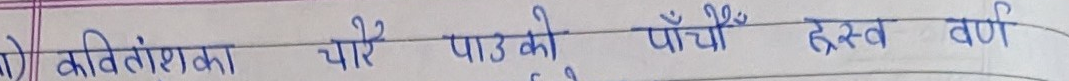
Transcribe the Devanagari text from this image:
(क) कवितांशका चोरै पाउँको पाँचो हस्व वर्ण